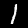
Digit: 1